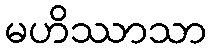
မဟိဿာသာ